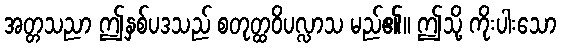
အတ္တသညာ ဤနှစ်ပဒသည် စတုတ္ထဝိပလ္လာသ မည်၏။ ဤသို့ ကိုးပါးသော